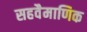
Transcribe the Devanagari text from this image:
सहवैमाणिक